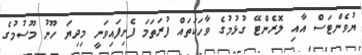
ޔުވެންޓަސް އާއި ލޮރެންޓޭ ގުޅުމުގެ ވާހަކަތައް ފުރަތަމަ ފެށިފައިވަނީ މިދިޔަ ހޫނު މޫސުމުގެ